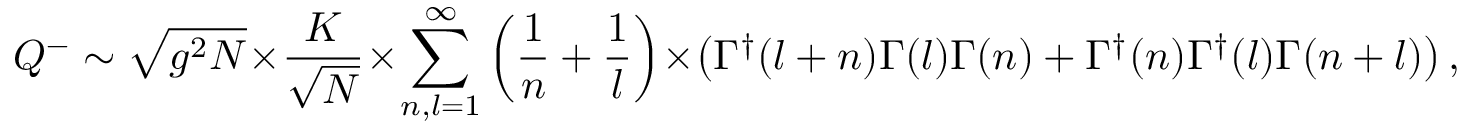
Q ^ { - } \sim \sqrt { g ^ { 2 } N } \times \frac { K } { \sqrt { N } } \times \sum _ { n , l = 1 } ^ { \infty } \left( \frac { 1 } { n } + \frac { 1 } { l } \right) \times \left( \Gamma ^ { \dagger } ( l + n ) \Gamma ( l ) \Gamma ( n ) + \Gamma ^ { \dagger } ( n ) \Gamma ^ { \dagger } ( l ) \Gamma ( n + l ) \right) ,